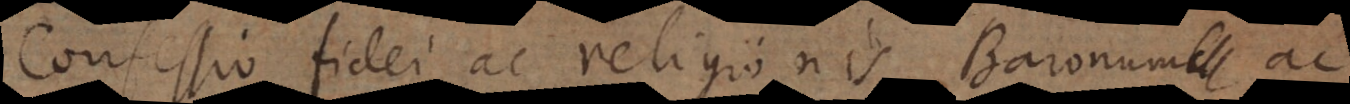
Confessio fidei ac religionis Baronum ac